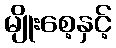
မျိုးစေ့နှင့်